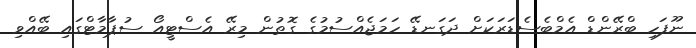
ނޫފަހި ބްރޭންޑް އެމްބެސެޑަރަކަށް ދަގަނޑޭ ހަމަޖެއްސުމުގެ ގޮތުން މިރޭ އެސްޓީއޯ ސުޕާމާޓްގައި ބޭއްވި